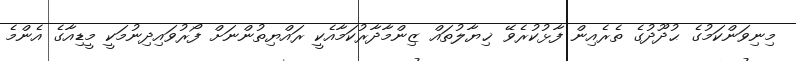
މިނިވަންކަމުގެ ޙުދޫދުގެ ތެރެއިން ފާޅުކުރެވޭ ޚިޔާލުތައް ޒިންމާދާރުކަމާއެކީ ރައްޔިތުންނަށް ފޯރުވައިދިނުމަކީ މީޑިއާގެ އެންމެ